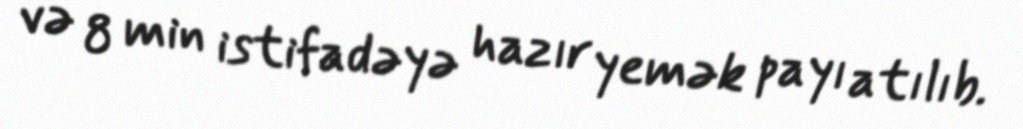
və 8 min istifadəyə hazır yemək payı atılıb.